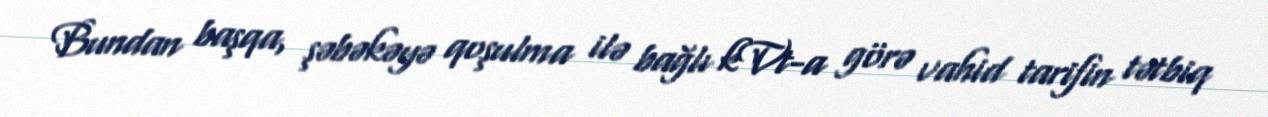
Bundan başqa, şəbəkəyə qoşulma ilə bağlı kVt-a görə vahid tarifin tətbiq